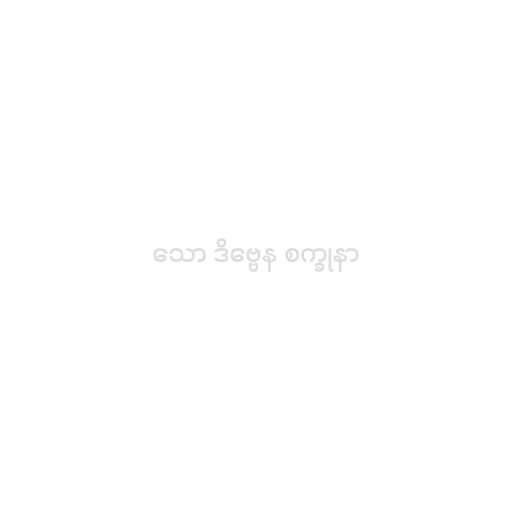
သော ဒိဗ္ဗေန စက္ခုနာ